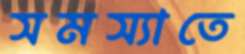
সমস্যাতে